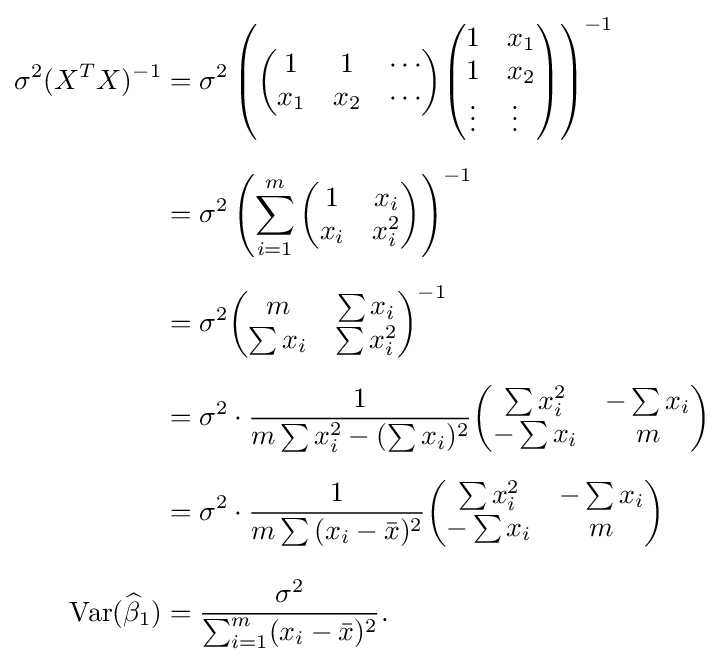
{\begin{aligned}\sigma ^{2}(X^{T}X)^{-1}&=\sigma ^{2}\left({\begin{pmatrix}1&1&\cdots \\x_{1}&x_{2}&\cdots \end{pmatrix}}{\begin{pmatrix}1&x_{1}\\1&x_{2}\\\vdots &\vdots \,\,\,\end{pmatrix}}\right)^{-1}\\[6pt]&=\sigma ^{2}\left(\sum _{i=1}^{m}{\begin{pmatrix}1&x_{i}\\x_{i}&x_{i}^{2}\end{pmatrix}}\right)^{-1}\\[6pt]&=\sigma ^{2}{\begin{pmatrix}m&\sum x_{i}\\\sum x_{i}&\sum x_{i}^{2}\end{pmatrix}}^{-1}\\[6pt]&=\sigma ^{2}\cdot {\frac {1}{m\sum x_{i}^{2}-(\sum x_{i})^{2}}}{\begin{pmatrix}\sum x_{i}^{2}&-\sum x_{i}\\-\sum x_{i}&m\end{pmatrix}}\\[6pt]&=\sigma ^{2}\cdot {\frac {1}{m\sum {(x_{i}-{\bar {x}})^{2}}}}{\begin{pmatrix}\sum x_{i}^{2}&-\sum x_{i}\\-\sum x_{i}&m\end{pmatrix}}\\[8pt]\operatorname {Var} ({\widehat {\beta }}_{1})&={\frac {\sigma ^{2}}{\sum _{i=1}^{m}(x_{i}-{\bar {x}})^{2}}}.\end{aligned}}